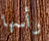
رأسها